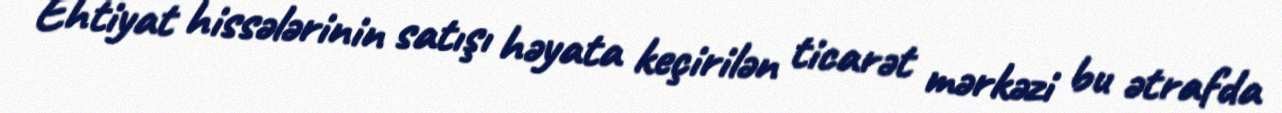
Ehtiyat hissələrinin satışı həyata keçirilən ticarət mərkəzi bu ətrafda